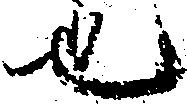
也